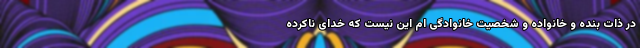
در ذات بنده و خانواده و شخصیت خانوادگی ام این نیست که خدای ناکرده